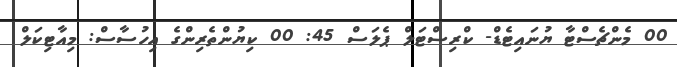
00 މެންޗެސްޓާ ޔުނައިޓެޑް- ކްރިސްޓަލް ޕެލަސް 45: 00 ކިޔުންތެރިންގެ އިހުސާސް: މިއާޓިކަލް